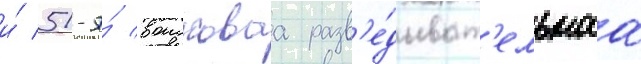
и́ 51-я́ воисковаа разв'е́дыват'ельнаа